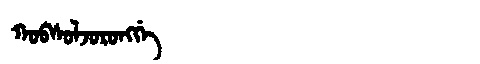
Manchu: ᡴᠣᠪᠰᠣᠯᠵᠣᡵᠣᠩᡤᡝ
Romanization: KOBSOLJORONGGE